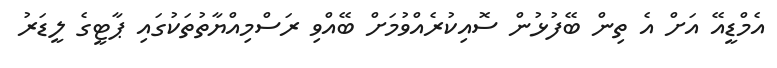
އެމްޑީއޭ އަށް އެ ތިން ބޭފުޅުން ސޮއިކުރެއްވުމަށް ބޭއްވި ރަސްމިއްޔާތުތަކުގައި ޕާޓީގެ ލީޑަރު